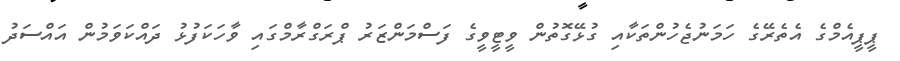
ޕީޕީއެމްގެ އެތެރޭގެ ހަމަނުޖެހުންތަކާއި ގުޅޭގޮތުން ވީޓީވީގެ ފަސްމަންޒަރު ޕްރަގްރާމްގައި ވާހަކަފުޅު ދައްކަވަމުން އައްސަދު